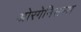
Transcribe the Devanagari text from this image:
ओरगेनिसम्स